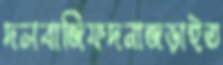
দলবাজিফদনাজড়াইত